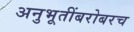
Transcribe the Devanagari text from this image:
अनुभूतींबरोबरच